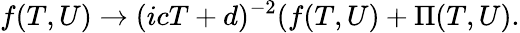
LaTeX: f(T,U)\rightarrow(icT+d)^{-2}(f(T,U)+{\Pi}(T,U).